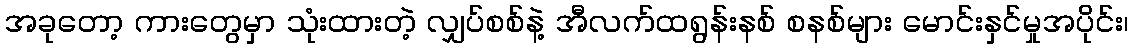
အခုတော့ ကားတွေမှာ သုံးထားတဲ့ လျှပ်စစ်နဲ့ အီလက်ထရွန်းနစ် စနစ်များ မောင်းနှင်မှုအပိုင်း၊